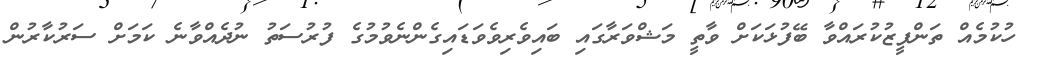
ހުކުމެއް ތަންފީޒުކުރައްވާ ބޭފުޅަކަށް ވާތީ މަޝްވަރާގައި ބައިވެރިވެވަޑައިގެންނެވުމުގެ ފުރުސަތު ނުދެއްވާނެ ކަމަށް ސަރުކާރުން